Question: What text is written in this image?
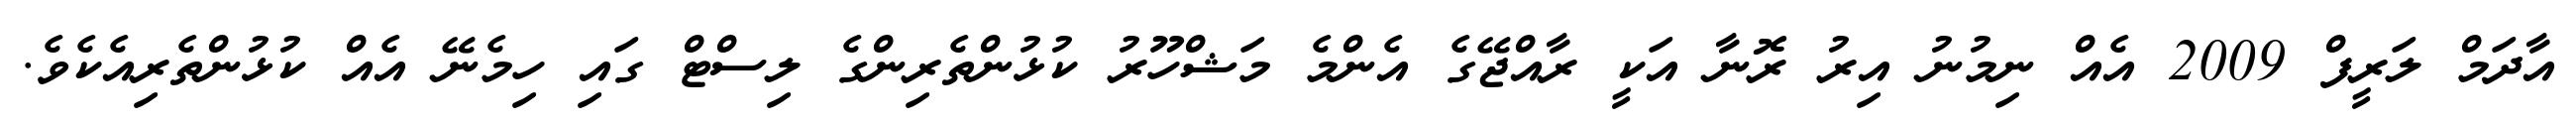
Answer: އާދަމް ލަރީފް 2009 އެއް ނިމުނު އިރު ރޮނާ އަކީ ރާއްޖޭގެ އެންމެ މަޝްހޫރު ކުޅުންތެރިންގެ ލިސްޓް ގައި ހިމެނޭ އެއް ކުޅުންތެރިއެކެވެ.